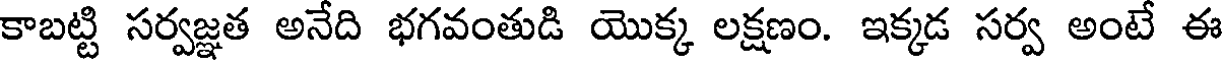
కాబట్టి సర్వజ్ఞత అనేది భగవంతుడి యొక్క లక్షణం. ఇక్కడ సర్వ అంటే ఈ